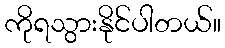
ကိုရသွားနိုင်ပါတယ်။